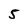
Character: 5